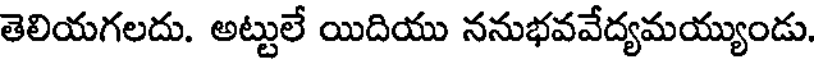
తెలియగలదు. అట్టులే యిదియు ననుభవవేద్యమయ్యుండు.